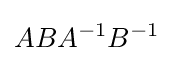
ABA^{-1}B^{-1}